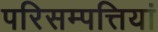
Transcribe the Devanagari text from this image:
परिसम्पत्तियां